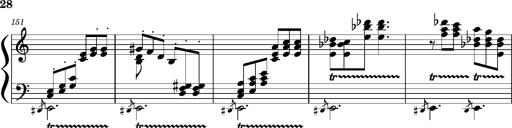
Title: Concerto sans orchestre, S.524a
Composer: Franz Liszt
Key: A major